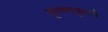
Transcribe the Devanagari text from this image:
कृष्णकृत्ये